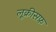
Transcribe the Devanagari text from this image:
लूक्रीसफ़